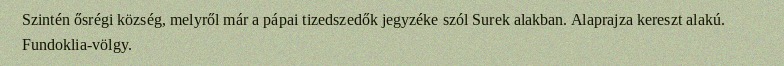
Szintén ősrégi község, melyről már a pápai tizedszedők jegyzéke szól Surek alakban. Alaprajza kereszt alakú. Fundoklia-völgy.